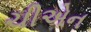
ચીએન